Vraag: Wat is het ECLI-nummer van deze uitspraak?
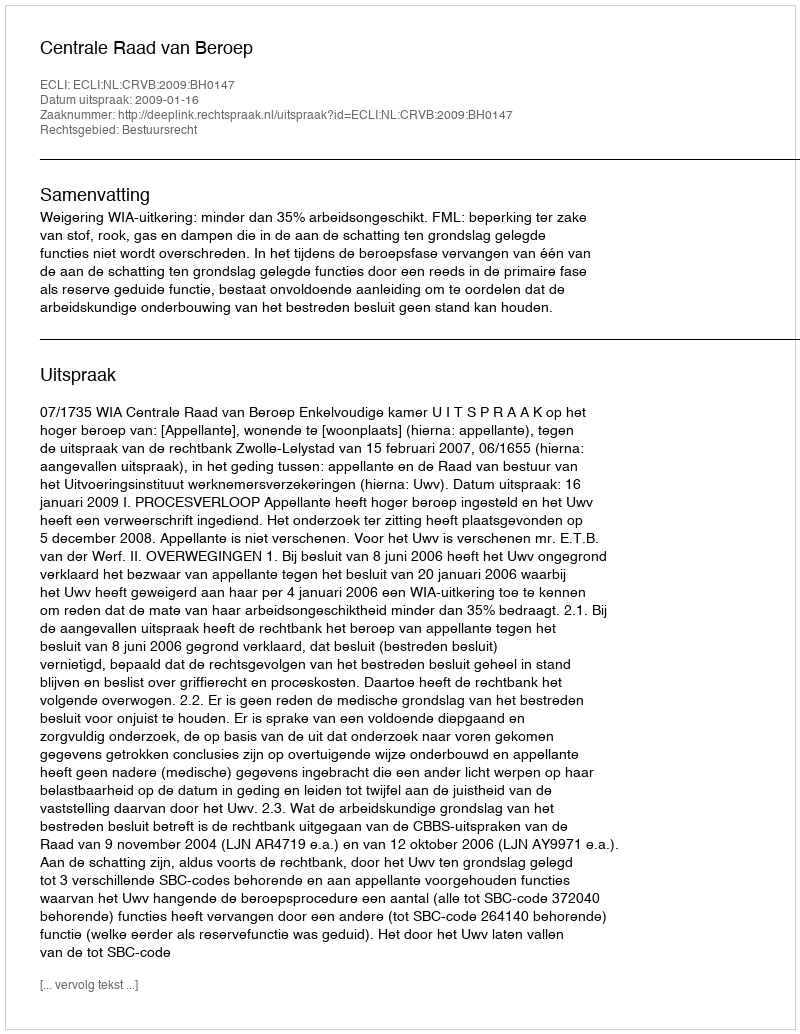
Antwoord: ECLI:NL:CRVB:2009:BH0147